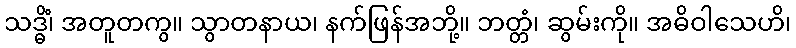
သဒ္ဓိံ၊ အတူတကွ။ သွာတနာယ၊ နက်ဖြန်အဘို့။ ဘတ္တံ၊ ဆွမ်းကို။ အဓိဝါသေဟိ၊